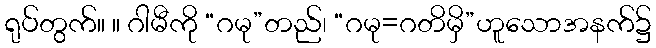
ရုပ်တွက်။ ။ ဂါမီကို “ဂမု”တည်၊ “ဂမု=ဂတိမှိ”ဟူသောအနက်၌